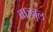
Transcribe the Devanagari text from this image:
बाञ्जुल